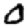
Digit: 0